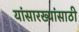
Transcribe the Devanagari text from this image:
यांसारख्यांसाठी